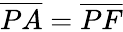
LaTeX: {\overline{{PA}}}={\overline{{PF}}}